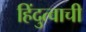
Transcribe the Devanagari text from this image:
हिंदुत्वाची